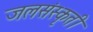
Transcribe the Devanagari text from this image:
जलसंस्कृती